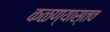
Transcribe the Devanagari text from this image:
कळण्यास्तव